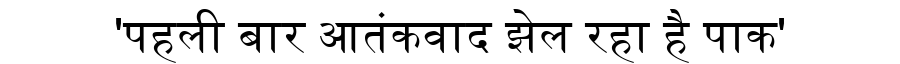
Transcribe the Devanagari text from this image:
'पहली बार आतंकवाद झेल रहा है पाक'